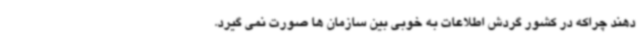
دهند چراکه در کشور گردش اطلاعات به خوبی بین سازمان ها صورت نمی گیرد.